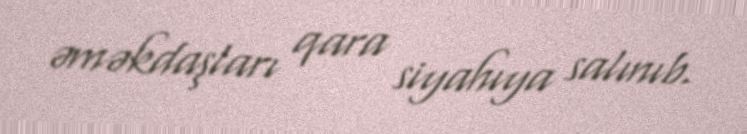
əməkdaşları qara siyahıya salınıb.